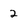
Character: 2